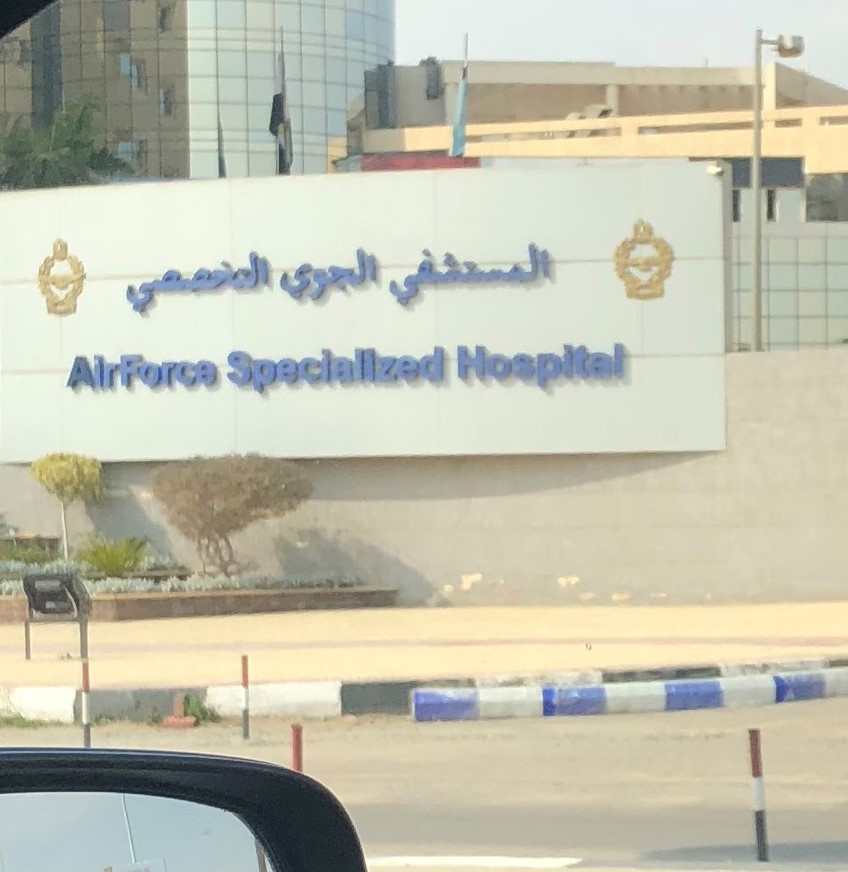
Text in image: المستشفى الجوي التخصصي Hospital Specialized AirForce